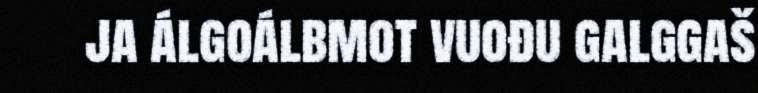
ja álgoálbmot vuođu galggaš